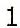
1